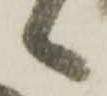
々